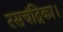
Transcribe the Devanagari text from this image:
रसचंद्रिका।